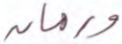
ورمان